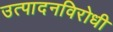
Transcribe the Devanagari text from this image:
उत्पादनविरोधी